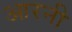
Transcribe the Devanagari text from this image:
आरनी